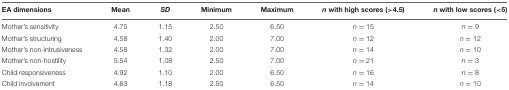
<table><thead><tr><td><b>EA dimensions</b></td><td><b>Mean</b></td><td><b><i>SD</i></b></td><td><b>Minimum</b></td><td><b>Maximum</b></td><td><b><i>n</i> with high scores (&gt;4.5)</b></td><td><b><i>n</i> with low scores (&lt;5)</b></td></tr></thead><tbody><tr><td>Mother’s sensitivity</td><td>4.75</td><td>1.15</td><td>2.50</td><td>6.50</td><td><i>n</i> = 15</td><td><i>n</i> = 9</td></tr><tr><td>Mother’s structuring</td><td>4.58</td><td>1.40</td><td>2.00</td><td>7.00</td><td><i>n</i> = 12</td><td><i>n</i> = 12</td></tr><tr><td>Mother’s non-intrusiveness</td><td>4.58</td><td>1.32</td><td>2.00</td><td>7.00</td><td><i>n</i> = 14</td><td><i>n</i> = 10</td></tr><tr><td>Mother’s non-hostility</td><td>5.54</td><td>1.08</td><td>2.50</td><td>7.00</td><td><i>n</i> = 21</td><td><i>n</i> = 3</td></tr><tr><td>Child responsiveness</td><td>4.92</td><td>1.10</td><td>2.00</td><td>6.50</td><td><i>n</i> = 16</td><td><i>n</i> = 8</td></tr><tr><td>Child involvement</td><td>4.63</td><td>1.18</td><td>2.50</td><td>6.50</td><td><i>n</i> = 14</td><td><i>n</i> = 10</td></tr></tbody></table>